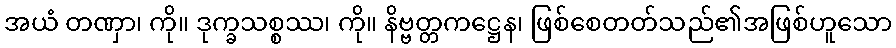
အယံ တဏှာ၊ ကို။ ဒုက္ခသစ္စဿ၊ ကို။ နိဗ္ဗတ္တကဋ္ဌေန၊ ဖြစ်စေတတ်သည်၏အဖြစ်ဟူသော